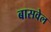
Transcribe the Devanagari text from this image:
बासवेल